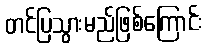
တင်ပြသွားမည်ဖြစ်ကြောင်း